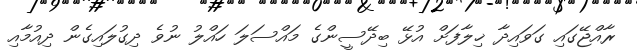
ރާއްޖޭގައި ގަވައިދާ ޚިލާފަށް އުޅޭ ބިދޭސީންގެ މައްސަލަ ހައްލު ނުވެ ދިގުލައިގެން ދިއުމާއި